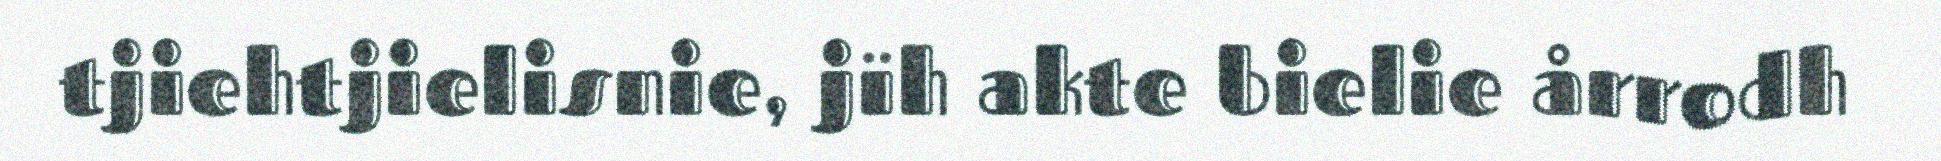
tjiehtjielisnie, jïh akte bielie årrodh